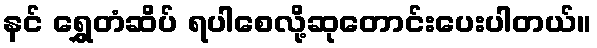
နင် ရွှေတံဆိပ် ရပါစေလို့ဆုတောင်းပေးပါတယ်။